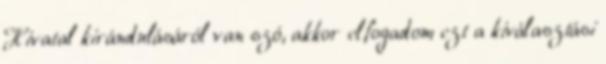
Hivatal kirándulásáról van szó, akkor elfogadom ezt a kiválasztási